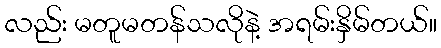
လည်း မတူမတန်သလိုနဲ့ အရမ်းနှိမ်တယ်။